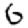
Digit: 6